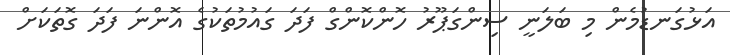
އަޅުގަނޑުމެން މި ބަލަނީ ސިންގަޕޫރު ހޮންކޮންގް ފަދަ ގައުމުތަކުގެ އޮންނަ ފަދަ ގޮތަކަށް